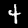
Label: 4